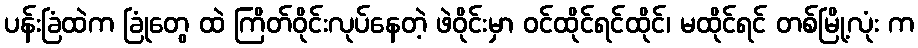
ပန်းခြံထဲက ခြုံတွေ ထဲ ကြိတ်ဝိုင်းလုပ်နေတဲ့ ဖဲဝိုင်းမှာ ဝင်ထိုင်ရင်ထိုင်၊ မထိုင်ရင် တစ်မြို့လုံး က